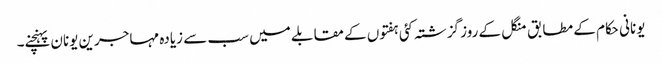
یونانی حکام کے مطابق منگل کے روز گزشتہ کئی ہفتوں کے مقابلے میں سب سے زیادہ مہاجرین یونان پہنچنے۔